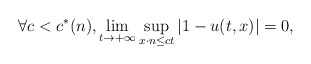
\begin{align*}\forall c <c^*(n), \displaystyle \lim_{t \to +\infty} \sup_{x \cdot n \leq ct} |1 - u (t,x) | =0,\end{align*}